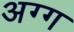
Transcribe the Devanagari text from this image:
अग्ग